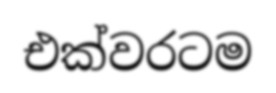
එක්වරටම